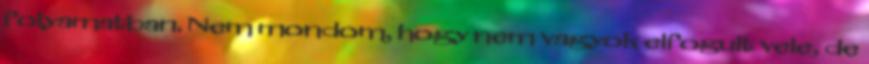
folyamatban. Nem mondom, hogy nem vagyok elfogult vele, de